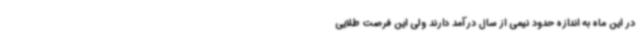
در این ماه به اندازه حدود نیمی از سال درآمد دارند ولی این فرصت طلایی